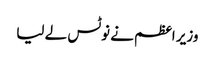
وزیر اعظم نے نوٹس لے لیا